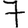
Digit: 7